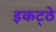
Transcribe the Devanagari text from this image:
इकट्‍ठे